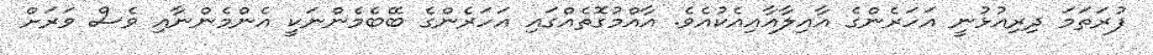
ފުރަތަމަ ދިރިއުޅުނީ އަހަރެންގެ އާއިލާއާއިއެކުއެެވެ. އާއްމުގޮތެއްގައި އަހަރެންގެ ބޭބެމެންނަކީ އެންމެންނާއި ވެސް ވަރަށް